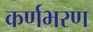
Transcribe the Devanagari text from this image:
कर्णभरण